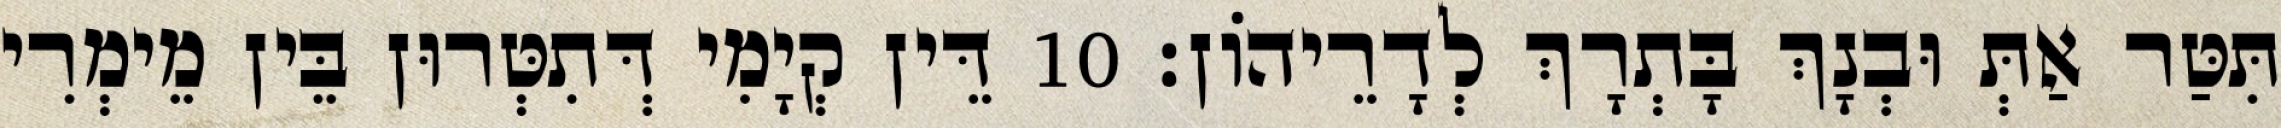
תִּטַּר אַתְּ וּבְנָךְ בָּתְרָךְ לְדָרֵיהוֹן׃ 10 דֵּין קְיָמִי דְּתִטְּרוּן בֵּין מֵימְרִי